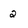
Character: 2